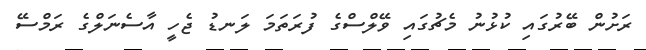
ރަށުން ބޭރުގައި ކުޅުނު މެޗުގައި ވޭލްސްގެ ފުރަތަމަ ލަނޑު ޖެހީ އާސެނަލްގެ ރަމްސޭ